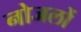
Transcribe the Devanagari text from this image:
नोजलों